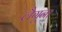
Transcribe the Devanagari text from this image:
लैगूना